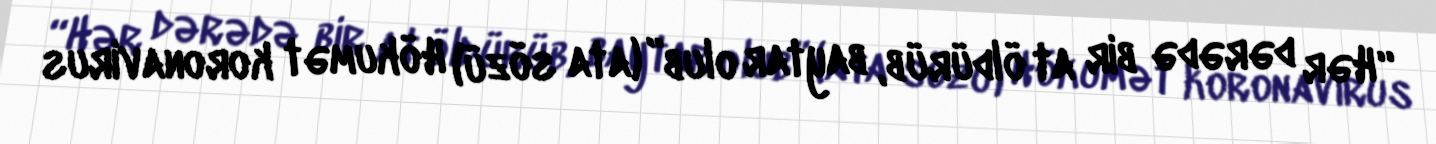
“Hər dərədə bir at öldürüb, baytar olub” (ata sözü) Hökumət koronavirus